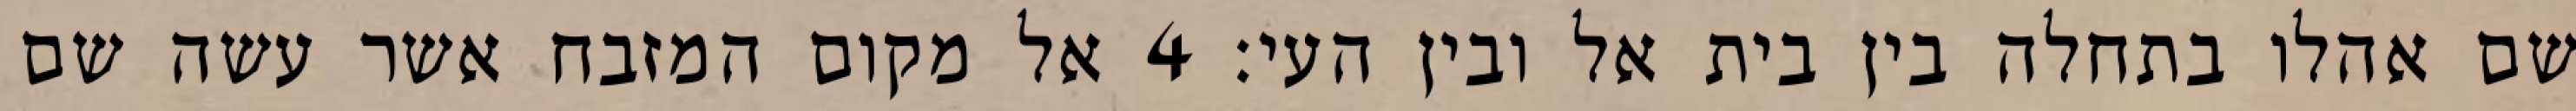
שם אהלו בתחלה בין בית אל ובין העי׃ ‎4‏ אל מקום המזבח אשר עשה שם